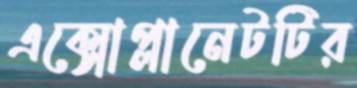
এক্সোপ্লানেটটির